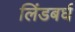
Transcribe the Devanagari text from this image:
लिंडबर्घ